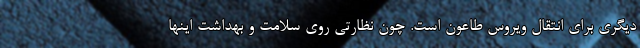
دیگری برای انتقال ویروس طاعون است. چون نظارتی روی سلامت و بهداشت اینها